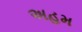
અહમ